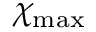
\chi _ { \mathrm { m a x } }